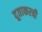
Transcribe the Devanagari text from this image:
दूताकरवी